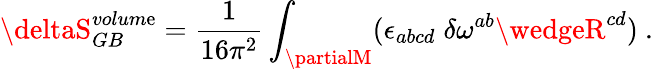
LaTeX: \deltaS_{GB}^{volum\mathrm{e}}={\frac{{1}}{{16\pi^{2}}}}\int_{\partialM}(\epsilon_{abcd}\; \delta\omega^{ab}\wedgeR^{cd})\ .